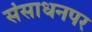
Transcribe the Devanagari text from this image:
संसाधनपर